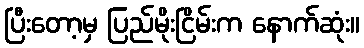
ပြီးတော့မှ ပြည်မိုးငြိမ်းက နောက်ဆုံး။